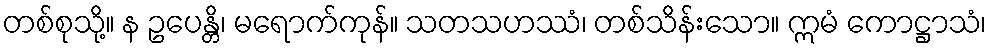
တစ်စုသို့။ န ဥပေန္တိ၊ မရောက်ကုန်။ သတသဟဿံ၊ တစ်သိန်းသော။ ဣမံ ကောဋ္ဌာသံ၊